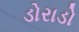
ડોરાડો